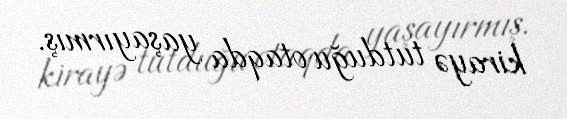
kirayə tutduğu otaqda yaşayırmış.